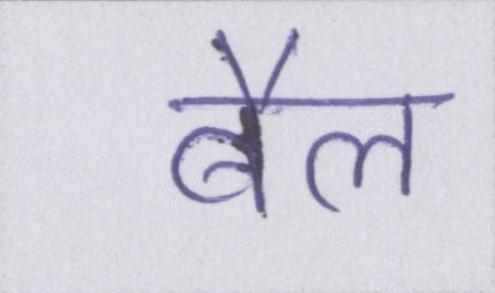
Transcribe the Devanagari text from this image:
बैल